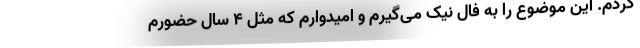
‌گردم. این موضوع را به فال نیک می‌گیرم و امیدوارم که مثل ۴ سال حضورم